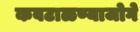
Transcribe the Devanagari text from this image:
कवटाळण्याजोगे